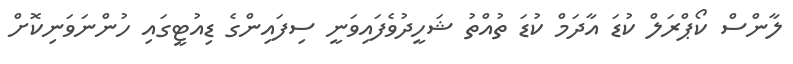
ލާންސް ކޯޕްރަލް ކުޑަ އާދަމް ކުޑަ ތުއްތު ޝަހީދުވެފައިވަނީ ސިފައިންގެ ޑިއުޓީގައި ހުންނަވަނިކޮށް